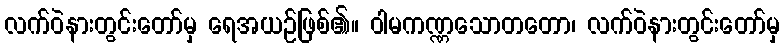
လက်ဝဲနားတွင်းတော်မှ ရေအယဉ်ဖြစ်၏။ ဝါမကဏ္ဏသောတတော၊ လက်ဝဲနားတွင်းတော်မှ